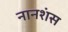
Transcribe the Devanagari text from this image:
नानशंस